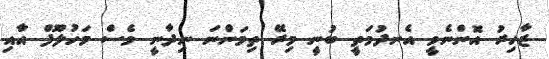
ޒާހިރު އޮންނެވީ އެނދުމަތީ ބުނީ މިރޭ ތިމަންނަ ނިިދާނީ ވެސް މަހުލޫފް އާއި